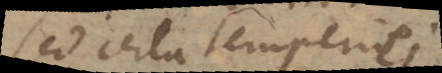
Sed certa temperiei